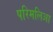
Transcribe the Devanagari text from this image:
परिमलिआ